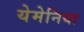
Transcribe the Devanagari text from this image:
येमेनिया